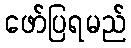
ဖော်ပြရမည်